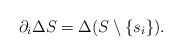
LaTeX: \begin{align*}\partial_i \Delta S= \Delta (S\setminus \{s_i\}).\end{align*}